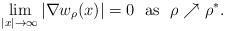
\begin{align*}\lim_{|x|\to\infty}|\nabla w_\rho(x)|=0\ \ {\rm as}\ \ \rho\nearrow\rho^*.\end{align*}